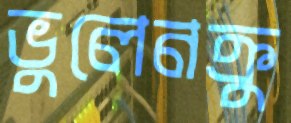
ভুলেনক্রু